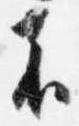
者